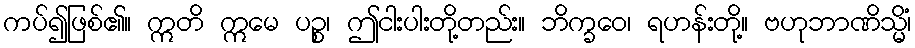
ကပ်၍ဖြစ်၏။ ဣတိ ဣမေ ပဉ္စ၊ ဤငါးပါးတို့တည်း။ ဘိက္ခဝေ၊ ရဟန်းတို့။ ဗဟုဘာဏိသ္မိံ၊